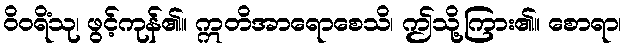
ဝိဝရိံသု၊ ဖွင့်ကုန်၏။ ဣတိအာရောစေသိ၊ ဤသို့ကြား၏။ စောရာ၊